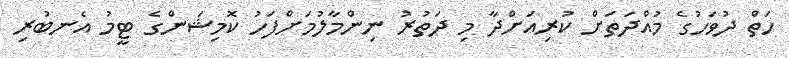
ހަތް ދުވަހުގެ މުއްދަތަށް ކުރިއަށްދާ މި ދަތުރު ނިންމާލުމަށްފަހު ކޮމިޝަންގެ ޓީމު އެނބުރި